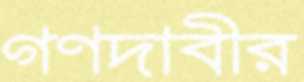
গণদাবীর